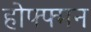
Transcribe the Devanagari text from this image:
होफ्फ्मन